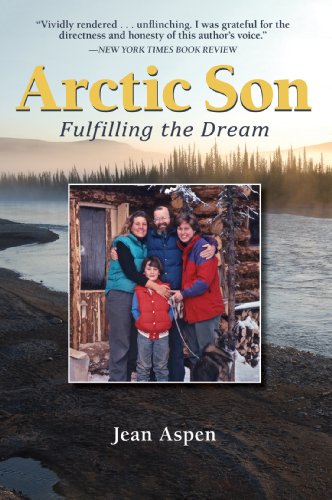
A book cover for Arctic Son: Fulfilling the Dream; Ms. Jean Aspen; Travel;